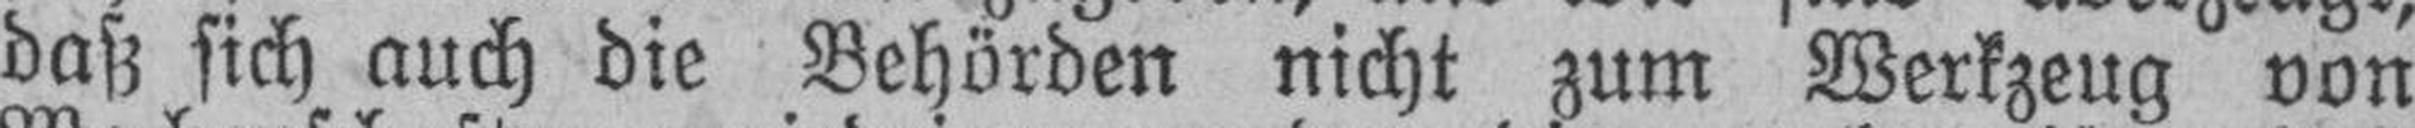
daß sich auch die Behörden nicht zum Werkzeug von